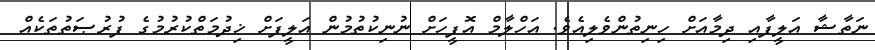
ނަތާޝާ އަލީފާއި ދިމާއަށް ހިނިތުންވެލިއެވެ. އަހްލާމް އޮފީހަށް ނުނިކުތުމުން އަލީފަށް ޚިދުމަތްކުރުމުގެ ފުރުޞަތުތަކެއް